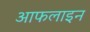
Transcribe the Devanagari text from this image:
आफलाइन